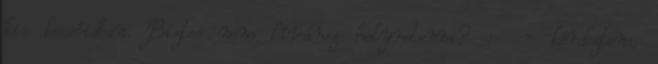
kis kacsóidban. Biztos nem kívánsz helyretenni? : - kérdeztem,